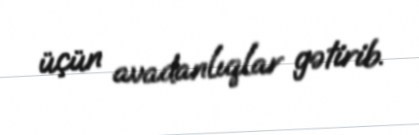
üçün avadanlıqlar gətirib.